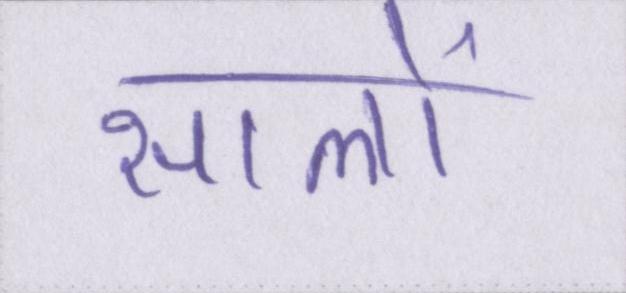
सालों